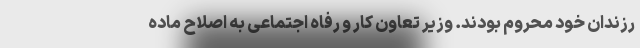
رزندان خود محروم بودند. وزیر تعاون کار و رفاه اجتماعی به اصلاح ماده